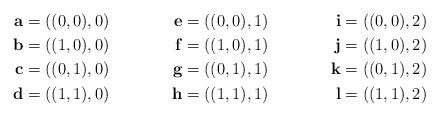
LaTeX: \begin{align*} \mathbf{a}&=((0,0),0) & \mathbf{e}&=((0,0),1) & \mathbf{i}&=((0,0),2) \\ \mathbf{b}&=((1,0),0) & \mathbf{f}&=((1,0),1) & \mathbf{j}&=((1,0),2) \\ \mathbf{c}&=((0,1),0) & \mathbf{g}&=((0,1),1) & \mathbf{k}&=((0,1),2) \\ \mathbf{d}&=((1,1),0) & \mathbf{h}&=((1,1),1) & \mathbf{l}&=((1,1),2) \end{align*}